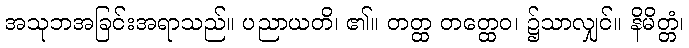
အသုဘအခြင်းအရာသည်။ ပညာယတိ၊ ၏။ တတ္ထ တတ္ထေဝ၊ ၌သာလျှင်။ နိမိတ္တံ၊